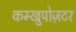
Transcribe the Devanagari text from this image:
कम्खुपोज़टर